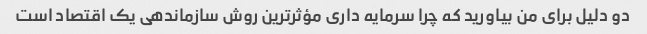
دو دلیل برای من بیاورید که چرا سرمایه داری مؤثرترین روش سازماندهی یک اقتصاد است